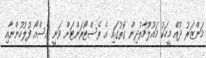
މަންޒަރު ދުއް މީހަކު މައުލޫމާތުދިން ގޮތުގައި އެ ރެސްޓޯރަންޓަށް ވަނީ އެސްއޯ ފުލުހުންނާއި